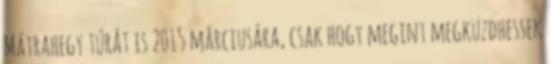
Mátrahegy túrát is 2015 márciusára, csak hogy megint megküzdhessek